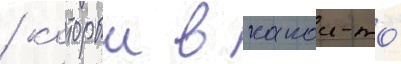
/ которыи в какои-то́